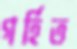
গর্হিত